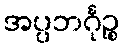
အပ္ပဘင်္ဂုဉ္စ